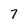
Character: 7